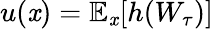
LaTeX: u(\mathit{x})=\mathbb{{E}}_{\mathit{x}}[h(W_{\tau})]